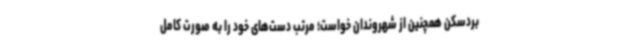
بردسکن همچنین از شهروندان خواست؛ مرتب دست‌های خود را به صورت کامل